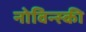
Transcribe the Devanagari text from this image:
नोविन्स्की